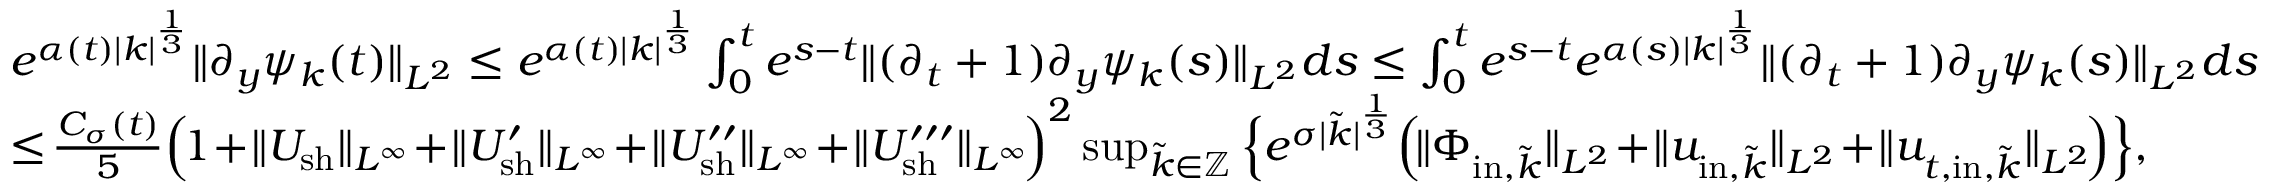
\begin{array} { r l } & { e ^ { \alpha ( t ) | k | ^ { \frac { 1 } { 3 } } } \| \partial _ { y } \psi _ { k } ( t ) \| _ { L ^ { 2 } } \leq e ^ { \alpha ( t ) | k | ^ { \frac { 1 } { 3 } } } \int _ { 0 } ^ { t } e ^ { s - t } \| ( \partial _ { t } + 1 ) \partial _ { y } \psi _ { k } ( s ) \| _ { L ^ { 2 } } d s \leq \int _ { 0 } ^ { t } e ^ { s - t } e ^ { \alpha ( s ) | k | ^ { \frac { 1 } { 3 } } } \| ( \partial _ { t } + 1 ) \partial _ { y } \psi _ { k } ( s ) \| _ { L ^ { 2 } } d s } \\ & { \leq \! \frac { C _ { \sigma } ( t ) } { 5 } \Big ( \! 1 \! + \! \| U _ { \mathrm { s h } } \| _ { L ^ { \infty } } \! + \! \| U _ { \mathrm { s h } } ^ { \prime } \| _ { L ^ { \infty } } \! + \! \| U _ { \mathrm { s h } } ^ { \prime \prime } \| _ { L ^ { \infty } } \! + \! \| U _ { \mathrm { s h } } ^ { \prime \prime \prime } \| _ { L ^ { \infty } } \! \Big ) ^ { 2 } \operatorname* { s u p } _ { \tilde { k } \in \mathbb Z } \Big \{ e ^ { \sigma | \tilde { k } | ^ { \frac { 1 } { 3 } } } \Big ( \! \| \Phi _ { \mathrm { i n } , \tilde { k } } \| _ { L ^ { 2 } } \! + \! \| u _ { \mathrm { i n } , \tilde { k } } \| _ { L ^ { 2 } } \! + \! \| u _ { t , \mathrm { i n } , \tilde { k } } \| _ { L ^ { 2 } } \! \Big ) \Big \} , } \end{array}